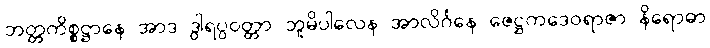
ဘတ္တကိစ္စဋ္ဌာနေ အာဒ ဒွါရပ္ပဝတ္တာ ဘူမိပါလေန အာလိင်္ဂနေ ဇေဋ္ဌကဒေဝရာဇာ နိရောဓာ